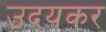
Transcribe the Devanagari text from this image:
उदयकर